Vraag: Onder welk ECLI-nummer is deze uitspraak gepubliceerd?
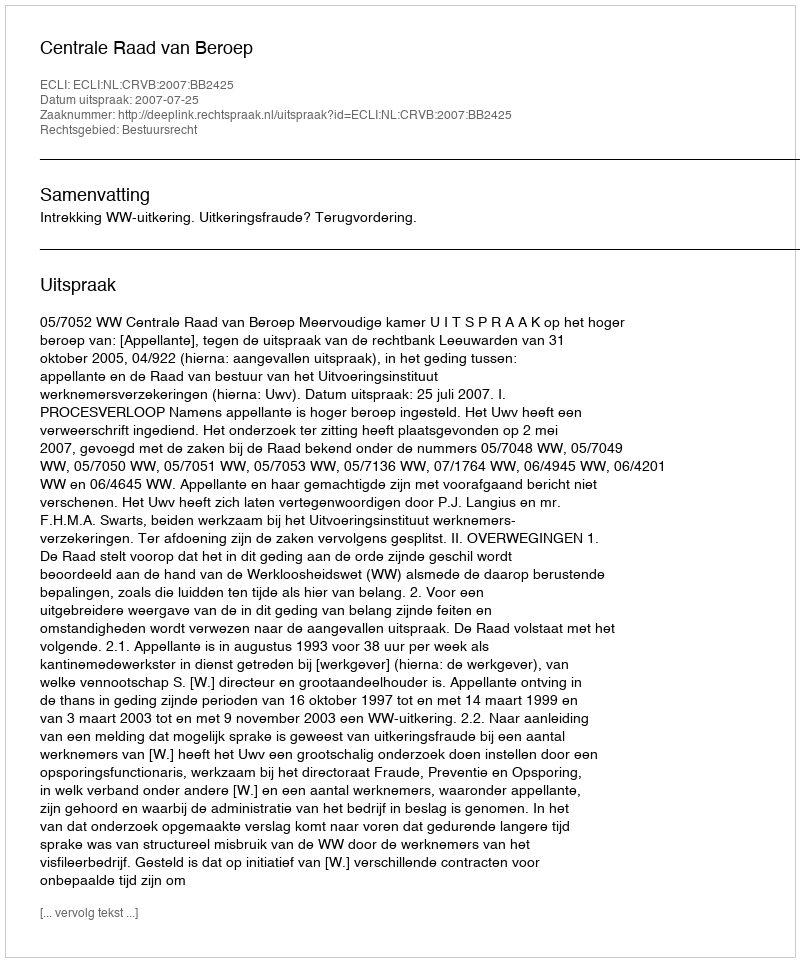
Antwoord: ECLI:NL:CRVB:2007:BB2425